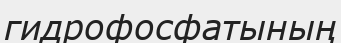
гидрофосфатының